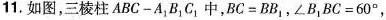
11.如图，三棱柱ABC-A_{1}B_{1}C_{1}中，$$BC=BB_{1}$$，$$\angle B_{1}BC=60^ { \circ }$$，